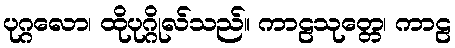
ပုဂ္ဂလော၊ ထိုပုဂ္ဂိုလ်သည်။ ကာဠသုတ္တေ၊ ကာဠ